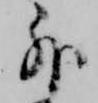
外